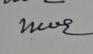
Signature authenticity: genuine